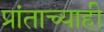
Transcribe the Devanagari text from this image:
प्रांताच्याही